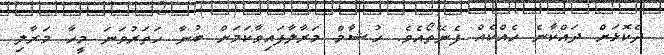
ދެކޮޅަށް ދައްކާނެ ހެއްކެއް ފެނޭތޯއެވެ. ހުޝާމް މަރާލާފައިވާކަމަށް ބުނާ ހަތަރުވަނަ މީހާ މަރާލި